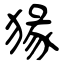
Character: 猭